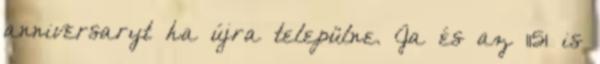
anniversaryt ha újra települne. Ja és az 1151 is